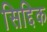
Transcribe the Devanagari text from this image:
सिद्दिक